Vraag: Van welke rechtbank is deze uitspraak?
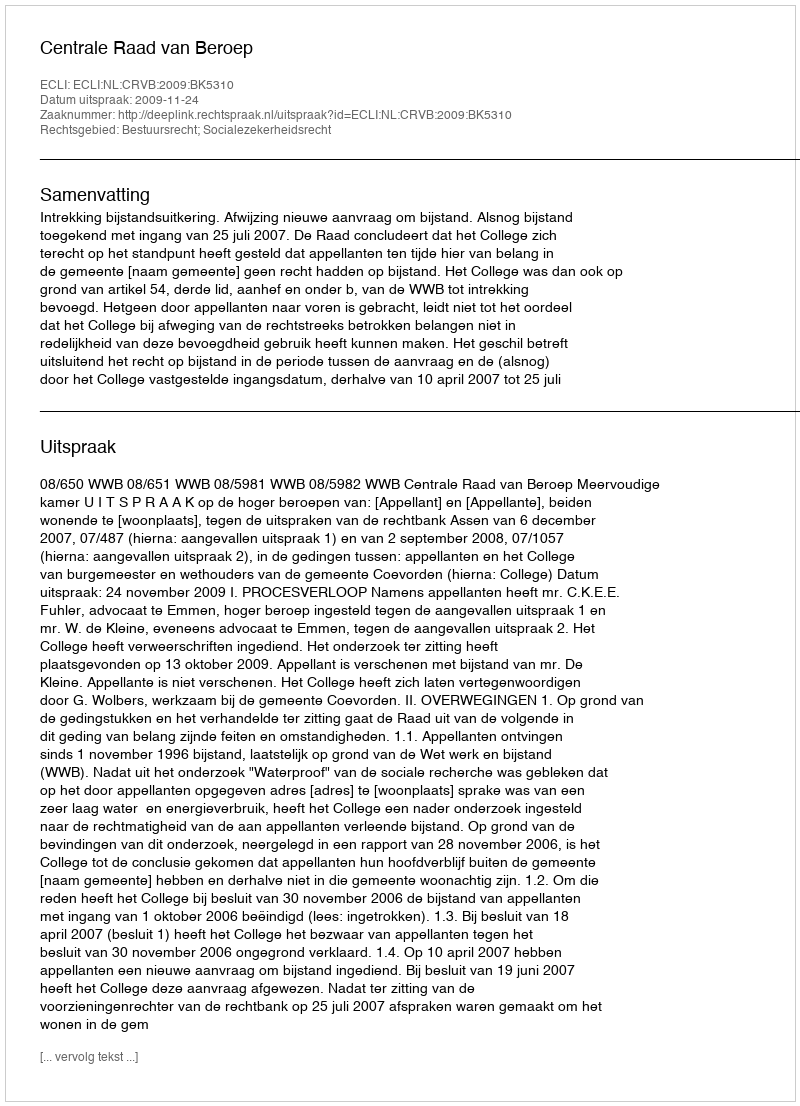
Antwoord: Centrale Raad van Beroep